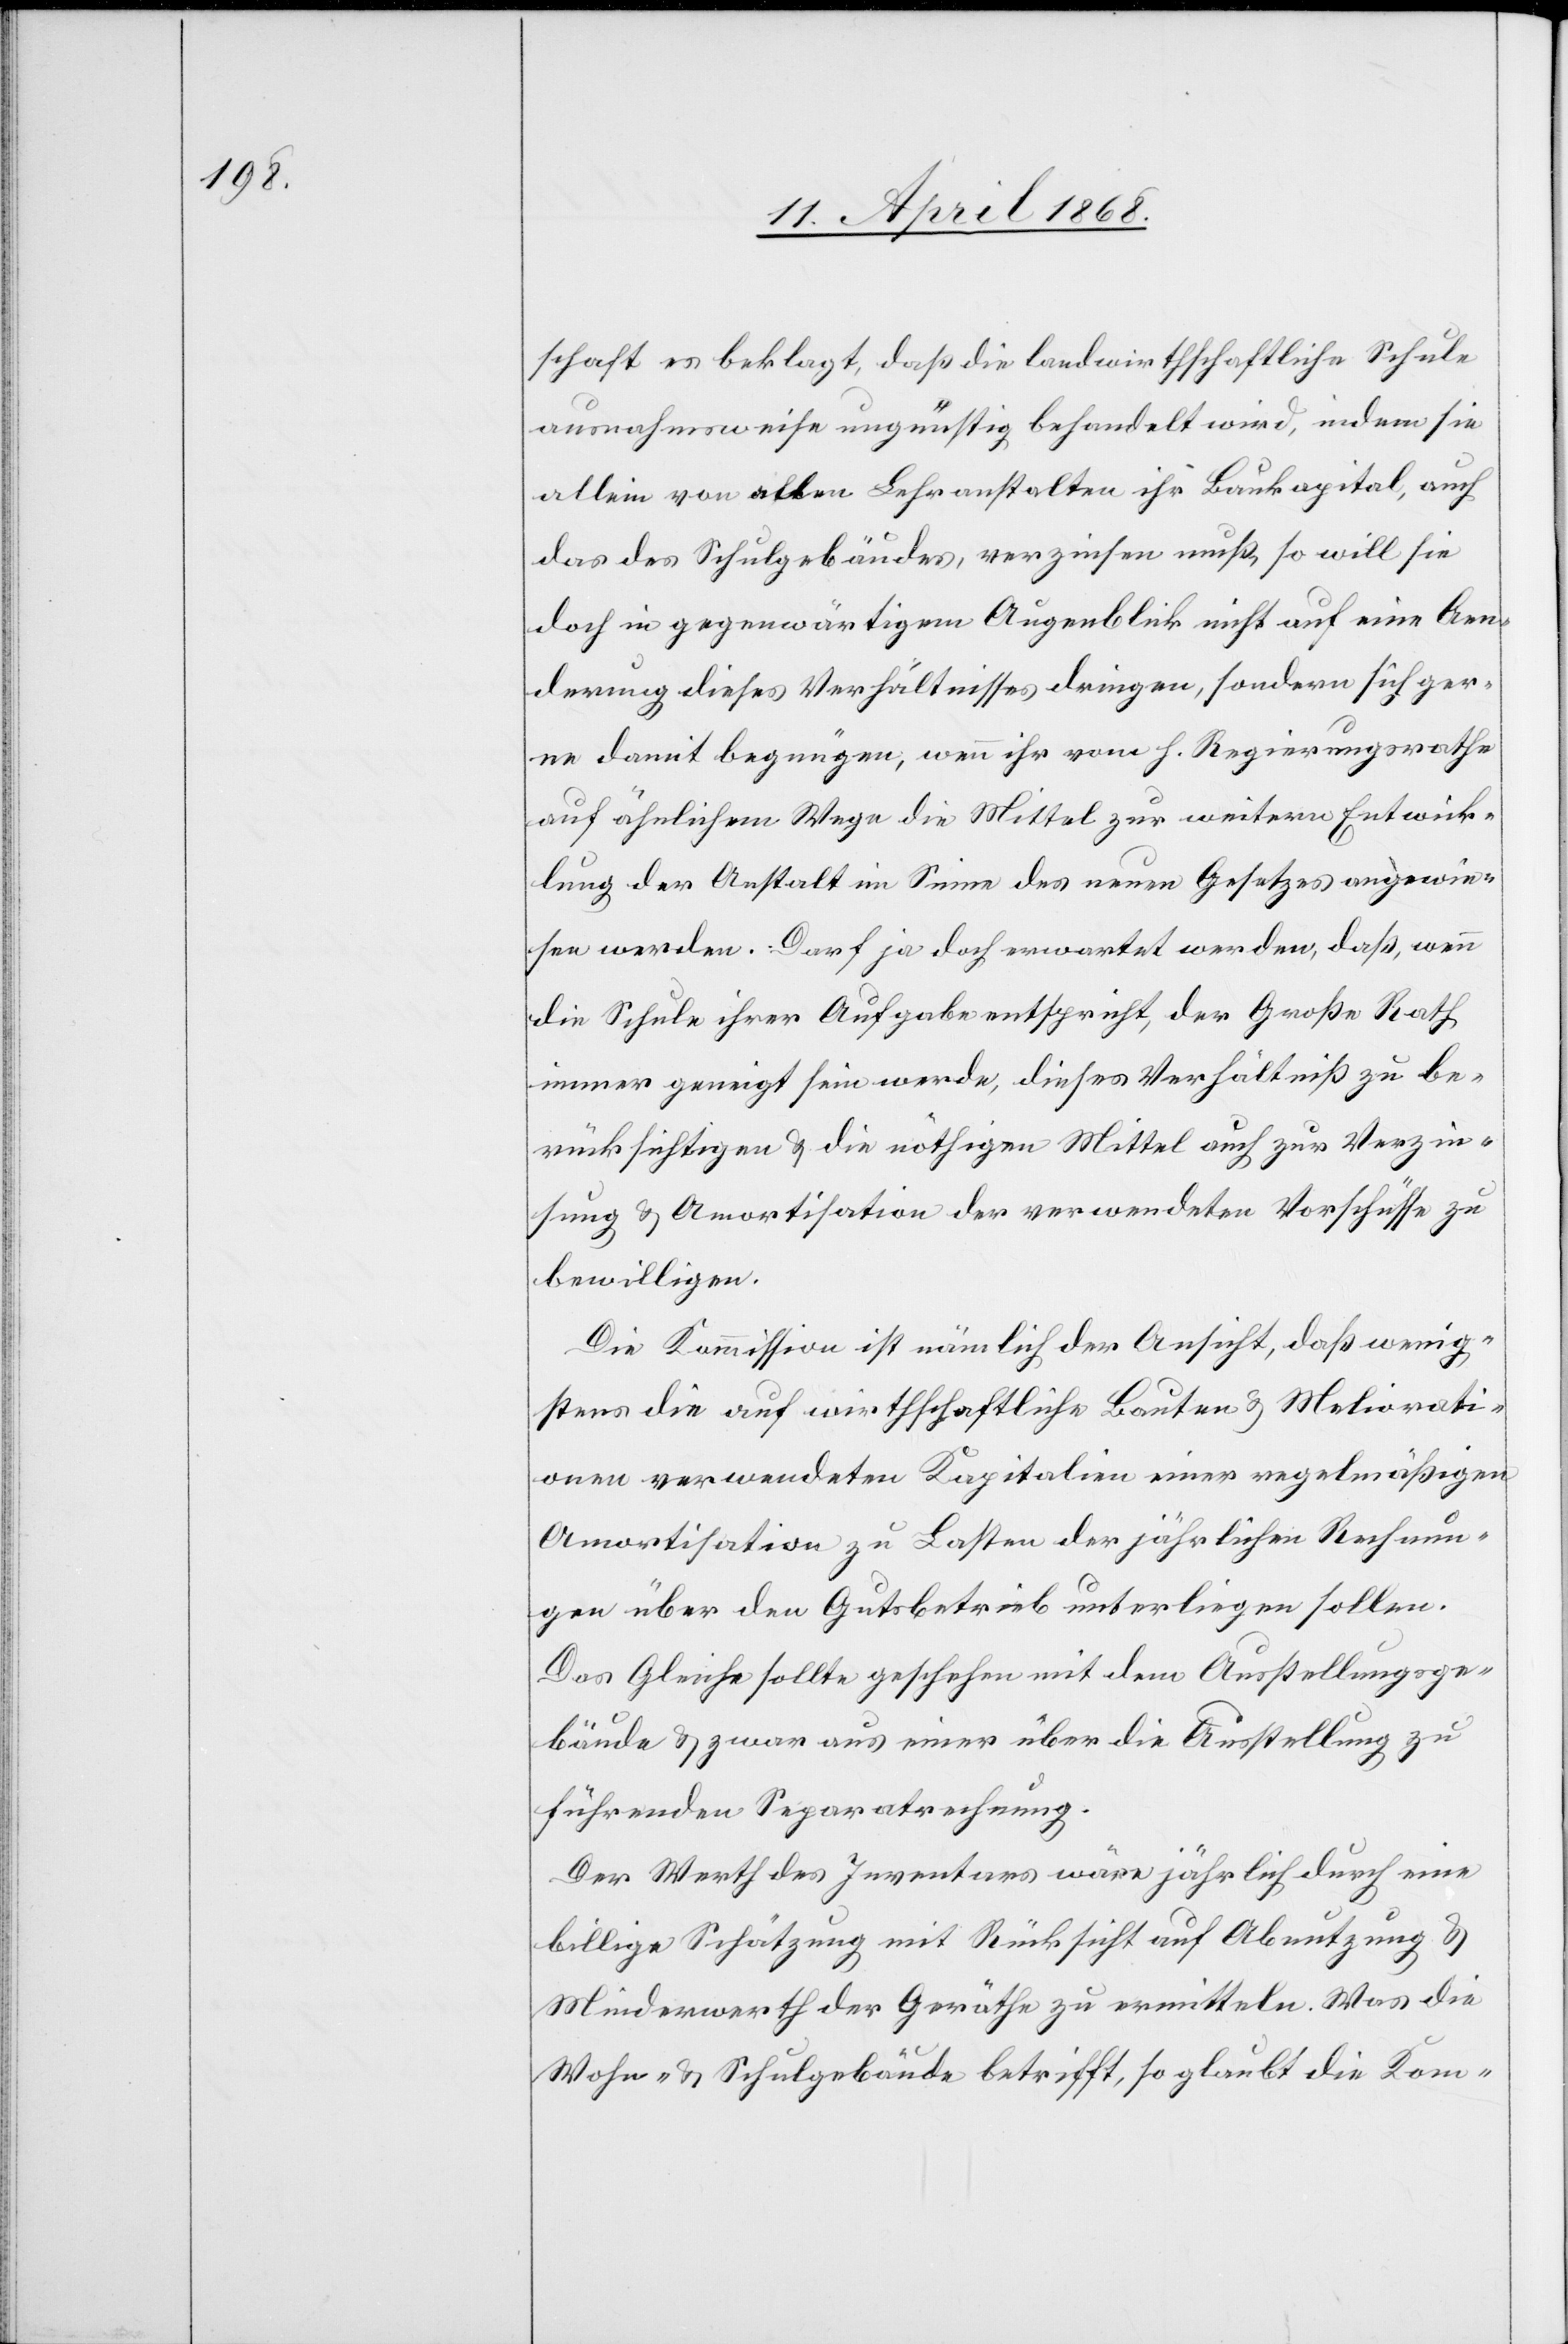
schaft es beklagt, daß die landwirthschaftliche Schule
ausnahmsweise ungünstig behandelt wird, indem sie
allein von allen Lehranstalten ihr Baukapital, auch
das des Schulgebäudes, verzinsen muß, so will sie
doch in gegenwärtigem Augenblick nicht auf eine Aen¬
derung dieses Verhältnisses dringen, sondern sich ger¬
ne damit begnügen, wenn ihr vom h. Regierungsrathe
auf ähnlichem Wege die Mittel zur weitern Entwick¬
lung der Anstalt im Sinne des neuen Gesetzes angewie¬
sen werden. Darf ja doch erwartet werden, daß, wenn
die Schule ihrer Aufgabe entspricht, der Große Rath
immer geneigt sein werde, dieses Verhältniß zu be¬
rücksichtigen & die nöthigen Mittel auch zur Verzin¬
sung & Amortisation der verwendeten Vorschüsse zu
bewilligen.
Die Kommission ist nämlich der Ansicht, daß wenig¬
stens die auf wirthschaftliche Bauten & Meliorati¬
onen verwendeten Kapitalien einer regelmäßigen
Amortisation zu Lasten der jährlichen Rechnun¬
gen über den Gutsbetrieb unterliegen sollen.
Das Gleiche sollte geschehen mit dem Ausstellungsge¬
bäude & zwar aus einer über die Ausstellung zu
führenden Separatrechnung.
Der Werth des Inventars wäre jährlich durch eine
billige Schätzung mit Rücksicht auf Abnutzung &
Minderwerth der Geräthe zu ermitteln. Was die
Wohn- & Schulgebäude betrifft, so glaubt die Kom-